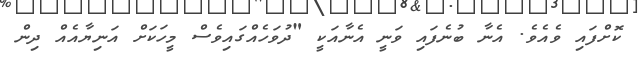
ކޮށްފައި ވެއެވެ. އެނާ ބުނެފައި ވަނީ އެނާއަކީ "ދުވަހެއްގައިވެސް މީހަކަށް އަނިޔާއެއް ދިން